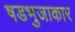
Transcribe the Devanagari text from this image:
षडभुजाकार